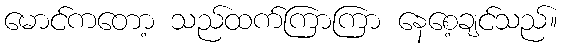
မောင်ကတော့ သည်ထက်ကြာကြာ နေစေ့ချင်သည်။